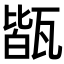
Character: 𤭧